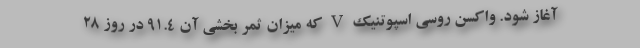
آغاز شود. واکسن روسی اسپوتنیک V که میزان ثمر بخشی آن 91.4 در روز 28